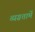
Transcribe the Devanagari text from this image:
व्यग्रतामें